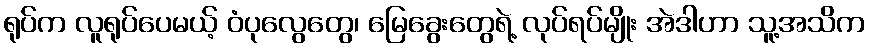
ရုပ်က လူရုပ်ပေမယ့် ဝံပုလွေတွေ၊ မြေခွေးတွေရဲ့ လုပ်ရပ်မျိုး အဲဒါဟာ သူ့အသိက